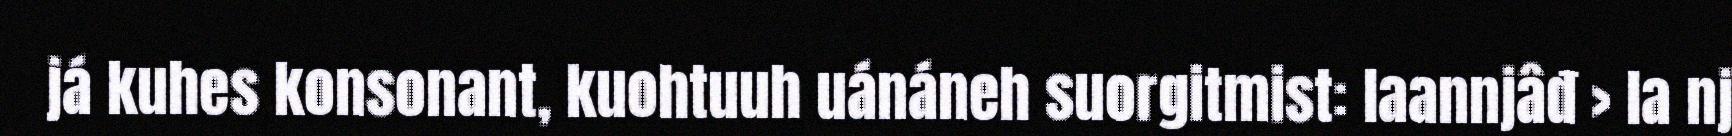
já kuhes konsonant, kuohtuuh uánáneh suorgitmist: laannjâđ > la nj